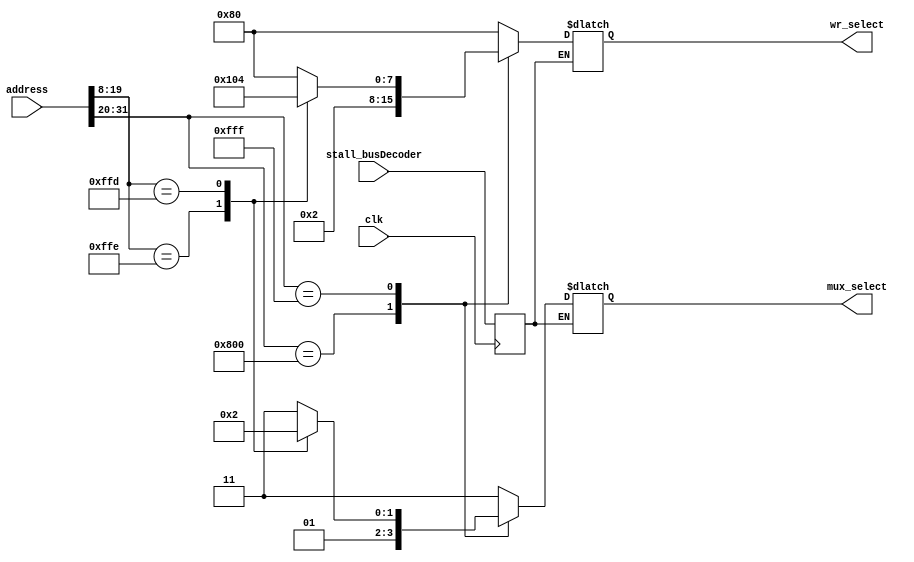
module io_bus_decoder ( 
  input clk,   
  input [31:0] address,  
  output reg [7:0] wr_select,
  output reg [1:0] mux_select,
  input stall_busDecoder 
 );
 
 reg stall_busDecoder_delayed;
 
 always@(posedge clk)
 stall_busDecoder_delayed <= stall_busDecoder;
 
  always @*
  if(!stall_busDecoder_delayed)  
    case (address[31:20]) 
       12'h800 : begin wr_select = 8'b00000010; mux_select = 2'b01; end  // DMEM
       12'hFFF : case (address[19:8])
           12'hFFE : begin wr_select = 8'b00000001; mux_select = 2'b00; end  // GPIO
           12'hFFD : begin wr_select = 8'b00000100; mux_select = 2'b10; end  // UART
 
           default : begin wr_select = 8'b10000000;  mux_select = 2'b11; end 
                endcase 
      default : begin wr_select = 8'b10000000;  mux_select = 2'b11; end  // 11
    endcase  
    
endmodule